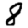
Digit: 8